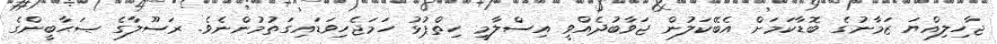
ޖާހިލިއްޔަ ޒަމާނުގެ ބޮޑާކަމަށް އެބޭކަލުން ޖަވާބުދެއްވީ އިސްލާމީ ހިތްޕުޅު ހަމަޖެހިވަޑައިގަތުމުންނެވެ. ރަސޫލާގެ ޞަޙާބީންގެ